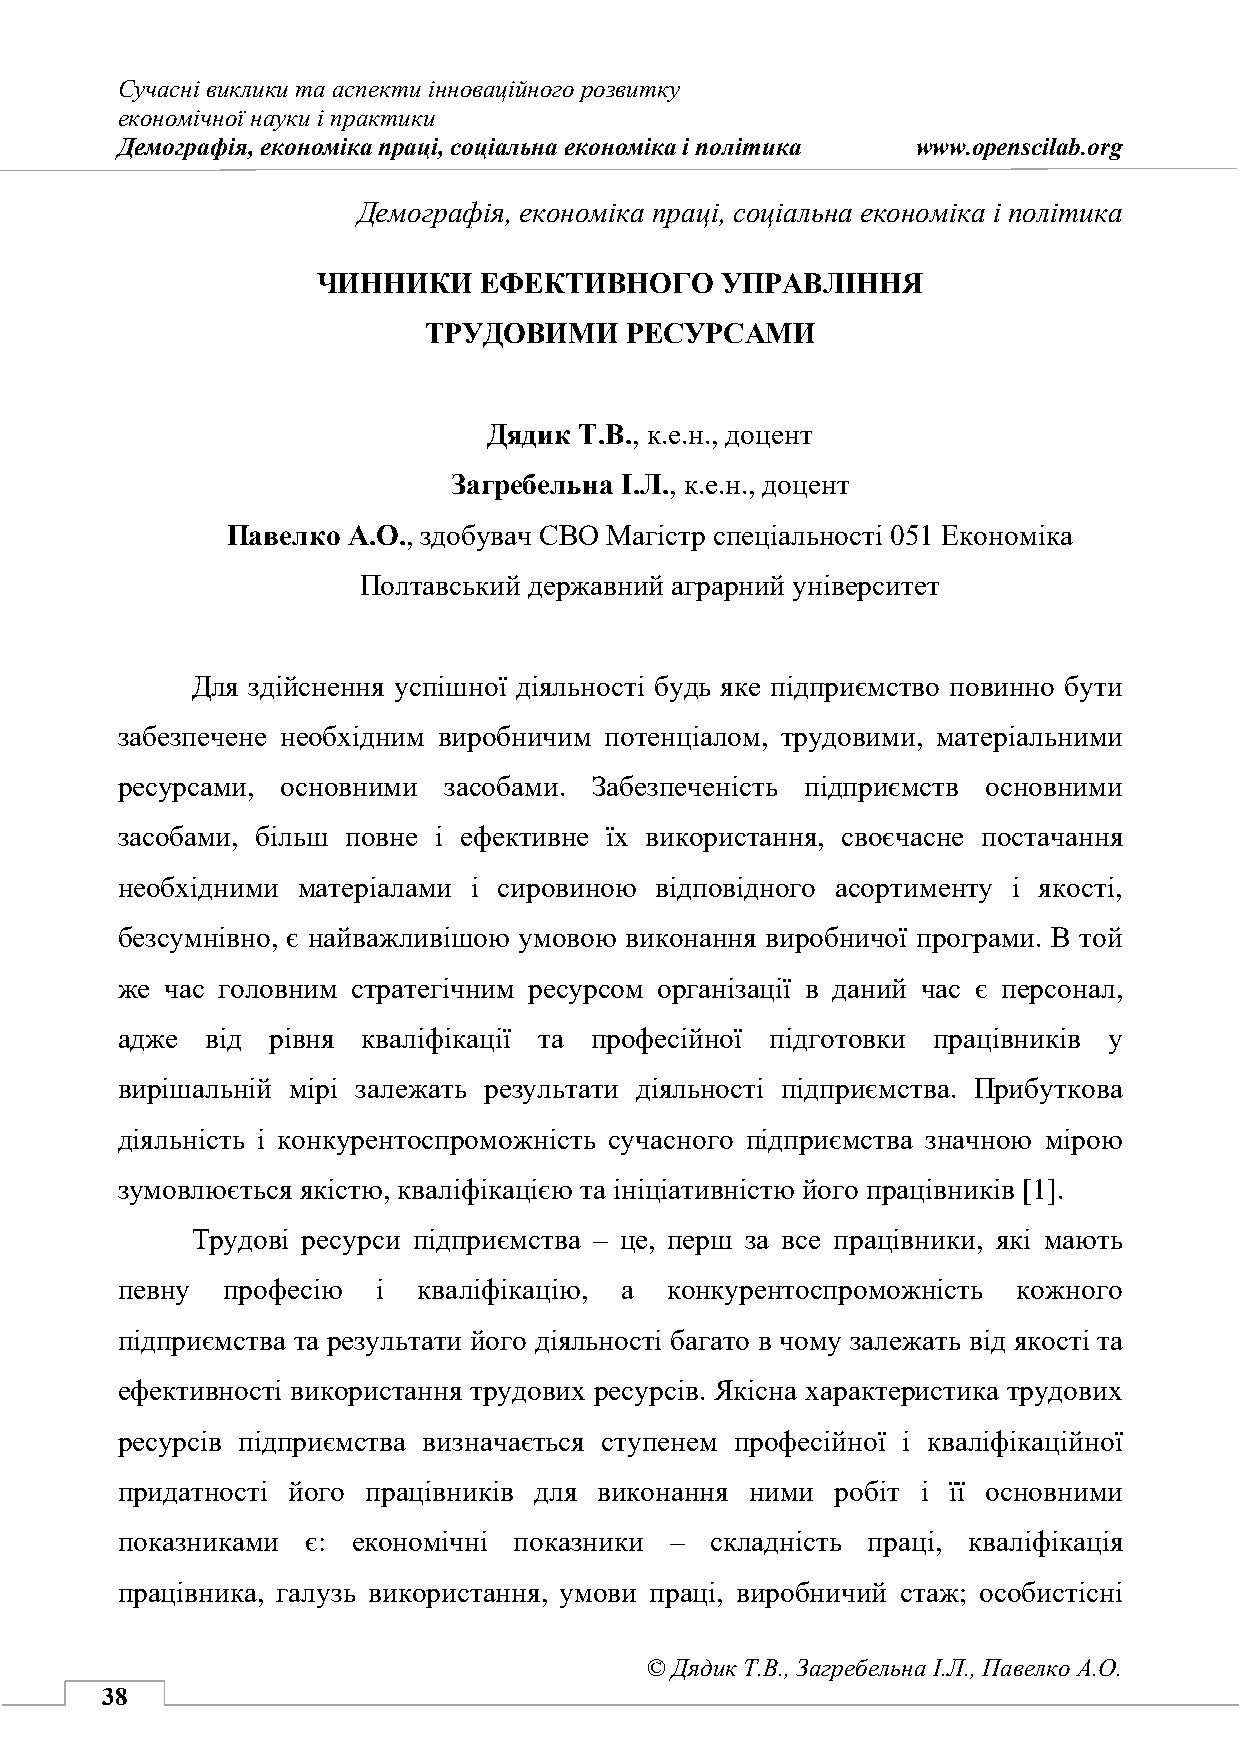
Сучасні виклики та аспекти інноваційного розвитку
 економічної науки і практики
 Демографія, економіка праці, соціальна економіка і політика www.openscilab.org
 Дядик Т.В., Загребельна І.Л., Павелко А.О.
 Демографія, економіка праці, соціальна економіка і політика
 ЧИННИКИ    ЕФЕКТИВНОГО     УПРАВЛІННЯ
 ТРУДОВИМИ    РЕСУРСАМИ
 Дядик Т.В., к.е.н., доцент
 Загребельна І.Л., к.е.н., доцент
 Павелко А.О., здобувач СВО Магістр спеціальності 051 Економіка
 Полтавський державний аграрний університет
 Для здійснення успішної діяльності будь яке підприємство повинно бути
 забезпечене необхідним виробничим потенціалом, трудовими, матеріальними
 ресурсами, основними засобами. Забезпеченість підприємств основними
 засобами, більш повне і ефективне їх використання, своєчасне постачання
 необхідними матеріалами і сировиною відповідного асортименту і якості,
 безсумнівно, є найважливішою умовою виконання виробничої програми. В той
 же час головним стратегічним ресурсом організації в даний час є персонал,
 адже  від рівня кваліфікації та професійної підготовки працівників у
 вирішальній мірі залежать результати діяльності підприємства. Прибуткова
 діяльність і конкурентоспроможність сучасного підприємства значною мірою
 зумовлюється якістю, кваліфікацією та ініціативністю його працівників [1].
 Трудові ресурси підприємства – це, перш за все працівники, які мають
 певну  професію  і  кваліфікацію, а конкурентоспроможність кожного
 підприємства та результати його діяльності багато в чому залежать від якості та
 ефективності використання трудових ресурсів. Якісна характеристика трудових
 ресурсів підприємства визначається ступенем професійної і кваліфікаційної
 придатності його працівників для виконання ними робіт і її основними
 показниками є: економічні показники –  складність праці, кваліфікація
 працівника, галузь використання, умови праці, виробничий стаж; особистісні
 © Дядик Т.В., Загребельна І.Л., Павелко А.О.
 38